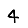
Digit: 4